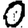
Digit: 0